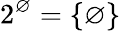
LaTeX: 2^{\varnothing}=\{ \varnothing\}